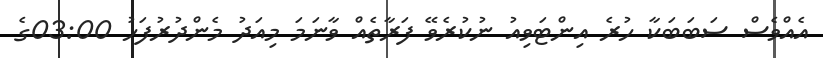
އެއްވެސް ސަބަބަކާ ހުރެ އިންޓަވިއު ނުކުރެވޭ ފަރާތެއް ވާނަމަ މިއަދު މެންދުރުފަހު 03:00ގެ